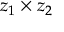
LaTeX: z _ { 1 } \times z _ { 2 }